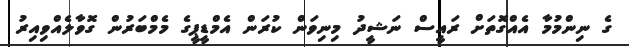
ގެ ނިންމުމާ އެއްގޮތަށް ރައީސް ނަޝީދު މިނިވަން ކުރަން އެމްޑީޕީގެ މެމްބަރުން ގޮވާލެއްވިއިރު